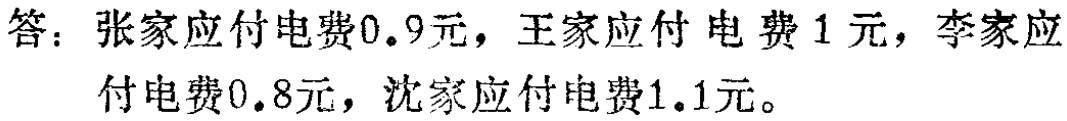
答：张家应付电费\(0.9\)元，王家应付电费\(1\)元，李家应付电费\(0.8\)元，沈家应付电费\(1.1\)元。